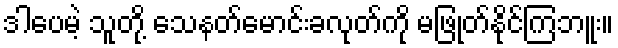
ဒါပေမဲ့ သူတို့ သေနတ်မောင်းခလုတ်ကို မဖြုတ်နိုင်ကြဘူး။